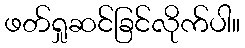
ဖတ်ရှုဆင်ခြင်လိုက်ပါ။